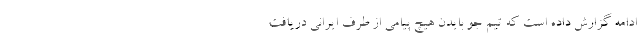
ادامه گزارش داده است که تیم جو بایدن هیچ پیامی از طرف ایرانی دریافت